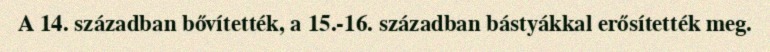
A 14. században bővítették, a 15.-16. században bástyákkal erősítették meg.